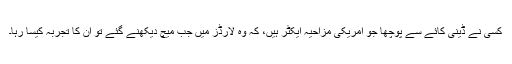
کسی نے ڈینی کائے سے پوچھا جو امریکی مزاحیہ ایکٹر ہیں، کہ وہ لارڈز میں جب میچ دیکھنے گئے تو ان کا تجربہ کیسا رہا۔